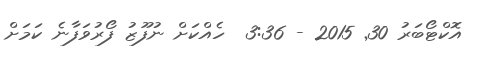
އޮކްޓޯބަރު 30